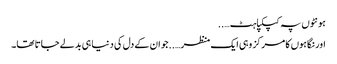
ہونٹوں پہ کپکپاہٹ…..
اور نگاہوں کا مرکز وہی ایک منظر…..جو ان کے دل کی دنیا ہی بدلے جاتا تھا۔